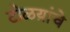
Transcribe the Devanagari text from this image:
टोळय़ांचे